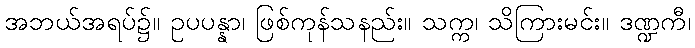
အဘယ်အရပ်၌။ ဥပပန္နာ၊ ဖြစ်ကုန်သနည်း။ သက္က၊ သိကြားမင်း။ ဒဏ္ဍကီ၊